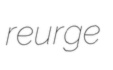
reurge